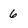
Character: 6